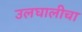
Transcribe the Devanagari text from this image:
उलघालीचा